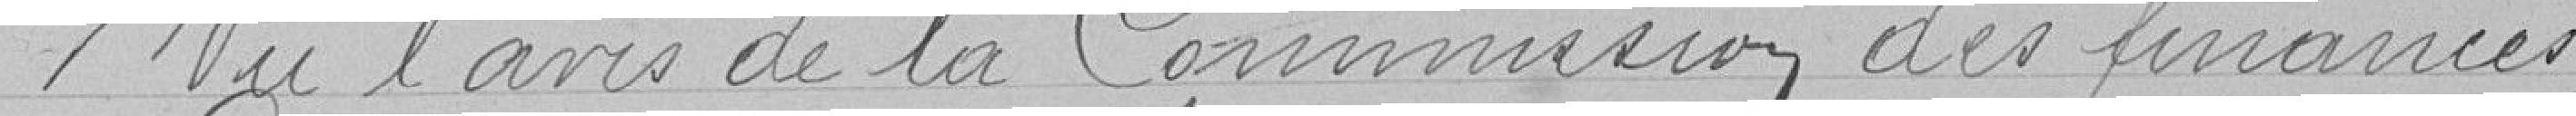
Vu l'avis de la Commission des finances,